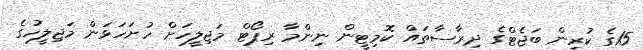
15ގެ ކުރިން ބަޖެޓްގެ ދިރާސާތައް ކޮމިޓީން ނިންމާ ރިޕޯޓް މަޖިލީހަށް ހުށަހަޅަން މަޖިލީހުގެ